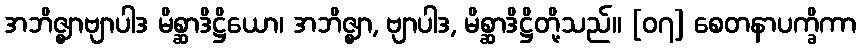
အဘိဇ္ဈာဗျာပါဒ မိစ္ဆာဒိဋ္ဌိယော၊ အဘိဇ္ဈာ, ဗျာပါဒ, မိစ္ဆာဒိဋ္ဌိတို့သည်။ [၀၇] စေတနာပက္ခိကာ